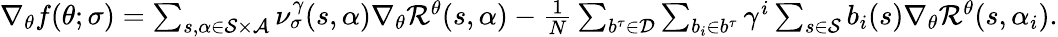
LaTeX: \begin{array}{r}{\nabla_{\theta}f(\theta;\sigma)=\sum_{s,\alpha\in\mathcal{S}\times\mathcal{A}}\nu_{\sigma}^{\gamma}(s,\alpha)\nabla_{\theta}\mathcal{R}^{\theta}(s,\alpha)-\frac{1}{N}\sum_{b^{\tau}\in\mathcal{D}}\sum_{b_{i}\in b^{\tau}}\gamma^{i}\sum_{s\in\mathcal{S}}b_{i}(s)\nabla_{\theta}\mathcal{R}^{\theta}(s,\alpha_{i}).}\end{array}